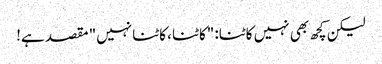
لیکن کچھ بھی نہیں کاٹنا: "کاٹنا ، کاٹنا نہیں" مقصد ہے!